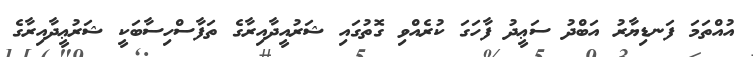
އުއްތަމަ ފަނޑިޔާރު އަބްދު ސަޢީދު ފާހަގަ ކުރެއްވި ގޮތުގައި ޝަރުއީދާއިރާގެ ތަފާސްހިސާބަކީ ޝަރުޢީދާއިރާގެ